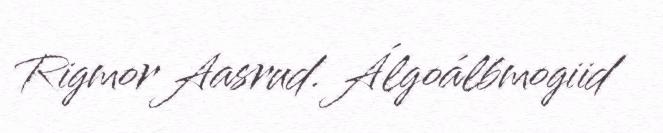
Rigmor Aasrud. Álgoálbmogiid